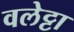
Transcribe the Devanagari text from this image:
वलेट्टा